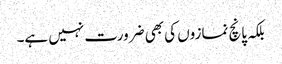
بلکہ پانچ نمازوں کی بھی ضرورت نہیں ہے۔